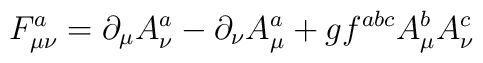
F_{\mu \nu }^a=\partial _\mu A_\nu ^a-\partial _\nu A_\mu ^a+gf^{abc}A_\mu^bA_\nu ^c